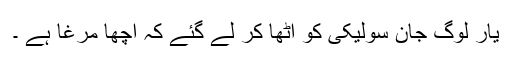
یار لوگ جان سولیکی کو اٹھا کر لے گئے کہ اچھا مرغا ہے ۔